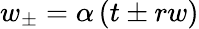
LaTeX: w_{\pm}=\alpha\left(t\pm rw\right)